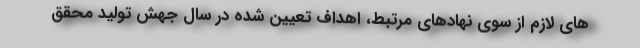
های لازم از سوی نهادهای مرتبط، اهداف تعیین شده در سال جهش تولید محقق